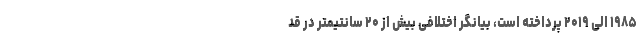
۱۹۸۵ الی ۲۰۱۹ پرداخته است، بیانگر اختلافی بیش از ۲۰ سانتیمتر در قد